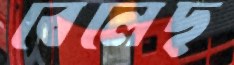
বেলেছ